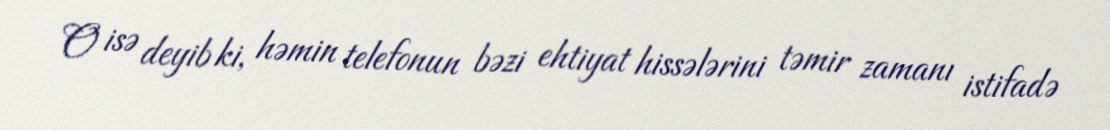
O isə deyib ki, həmin telefonun bəzi ehtiyat hissələrini təmir zamanı istifadə